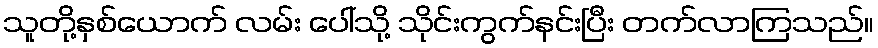
သူတို့နှစ်ယောက် လမ်း ပေါ်သို့ သိုင်းကွက်နင်းပြီး တက်လာကြသည်။